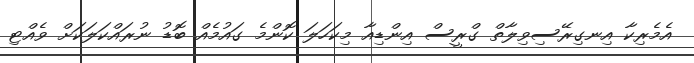
އެމެރިކާ އިނގިރޭސިވިލާތް ގްރީސް އިންޑިއާ މިކަހަލަ ކޮންމެ ގައުމެއް ބޮޑު ނުރައްކަލަކަށް ވެއްޓި